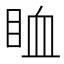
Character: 𥅧